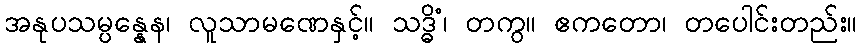
အနုပသမ္ပန္နေန၊ လူသာမဏေနှင့်။ သဒ္ဓိံ၊ တကွ။ ဧကတော၊ တပေါင်းတည်း။